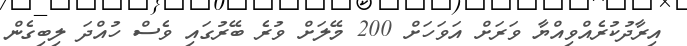
އިރާދުކުރެއްވިއްޔާ ވަރަށް އަވަހަށް 200 މޭލަށް ވުރެ ބޭރުގައި ވެސް ހުއްދަ ލިބިގެން